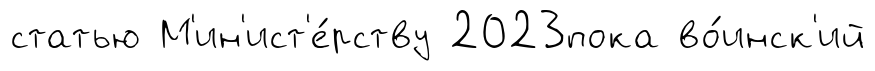
статью М'ин'ист'е́рству 2023пока во́инск'ий